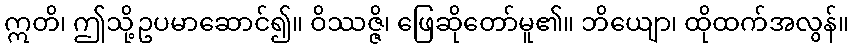
ဣတိ၊ ဤသို့ဥပမာဆောင်၍။ ဝိဿဇ္ဇိ၊ ဖြေဆိုတော်မူ၏။ ဘိယျော၊ ထိုထက်အလွန်။